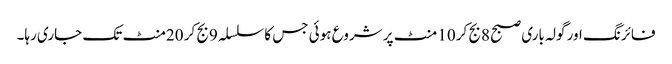
فائرنگ اور گولہ باری صبح 8بج کر 10 منٹ پر شروع ہوئی جس کا سلسلہ 9بج کر 20منٹ تک جاری رہا۔